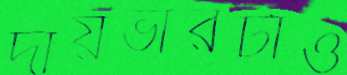
দায়ভারটাও